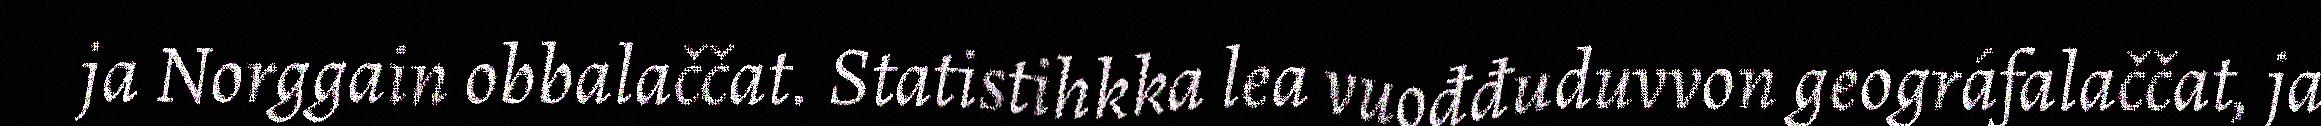
ja Norggain obbalaččat. Statistihkka lea vuođđuduvvon geográfalaččat, ja